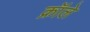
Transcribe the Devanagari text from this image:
क्रॉले